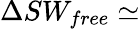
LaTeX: \Delta SW_{free}\simeq